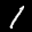
Label: 1